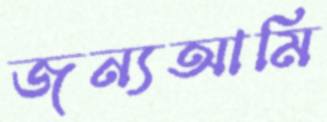
জন্যআমি